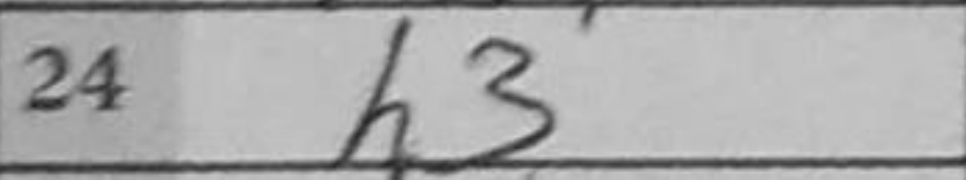
Transcription: h3